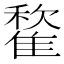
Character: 𩀒